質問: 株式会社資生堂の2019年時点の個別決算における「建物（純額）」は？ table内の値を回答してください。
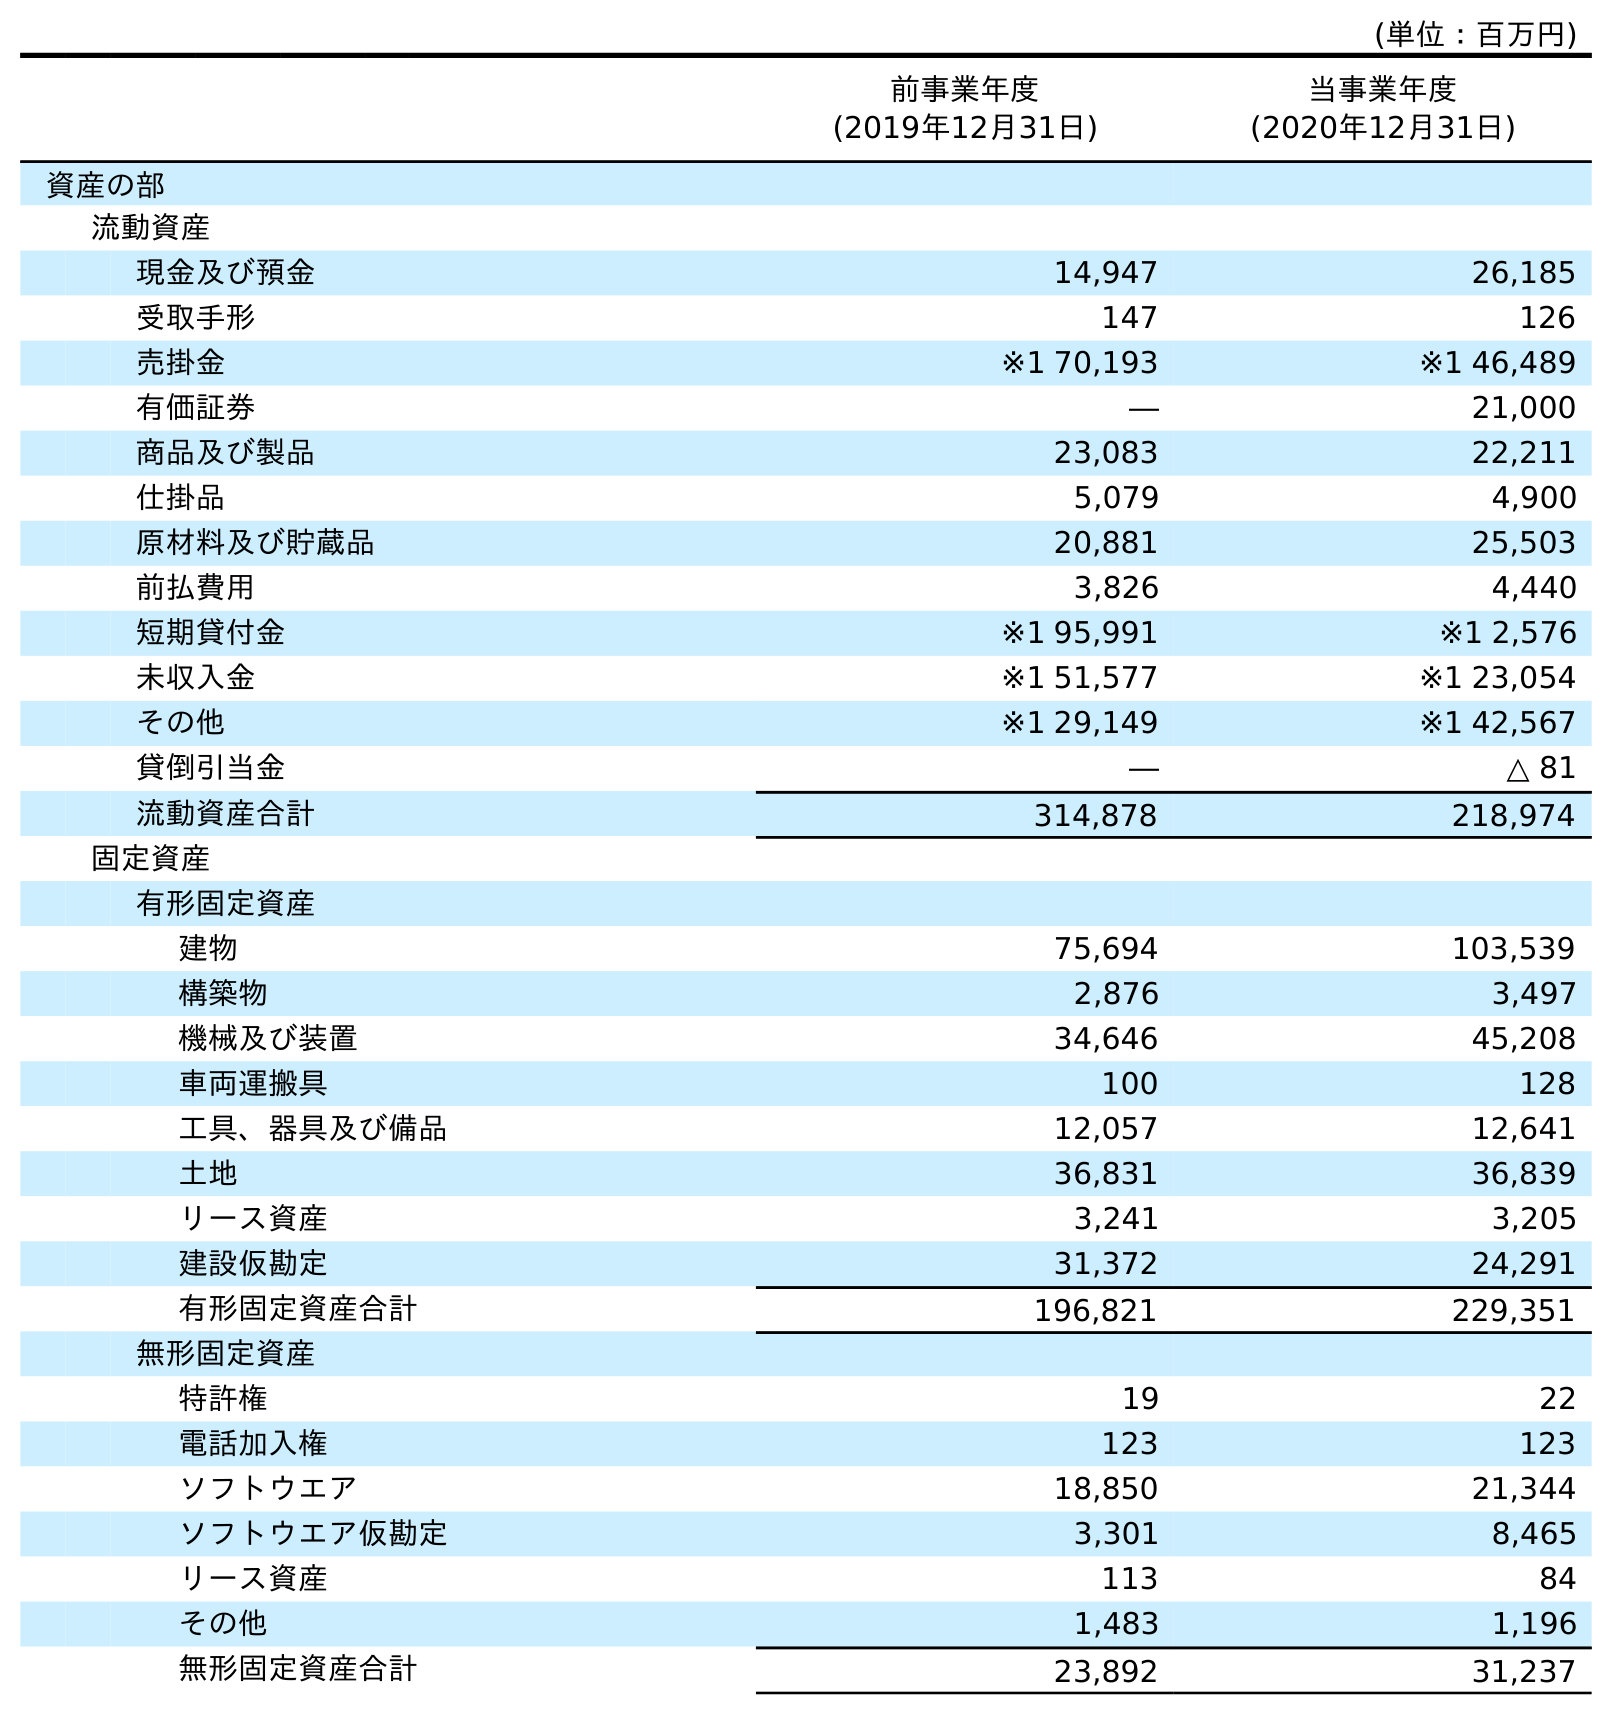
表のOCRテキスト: (単位：百万円) 前事業年度 (2019年12月31日) 当事業年度 (2020年12月31日) 資産の部 流動資産 現金及び預金 14,947 26,185 受取手形 147 126 売掛金 ※1 70,193 ※1 46,489 有価証券 ― 21,000 商品及び製品 23,083 22,211 仕掛品 5,079 4,900 原材料及び貯蔵品 20,881 25,503 前払費用 3,826 4,440 短期貸付金 ※1 95,991 ※1 2,576 未収入金 ※1 51,577 ※1 23,054 その他 ※1 29,149 ※1 42,567 貸倒引当金 ― △ 81 流動資産合計 314,878 218,974 固定資産 有形固定資産 建物 75,694 103,539 構築物 2,876 3,497 機械及び装置 34,646 45,208 車両運搬具 100 128 工具、器具及び備品 12,057 12,641 土地 36,831 36,839 リース資産 3,241 3,205 建設仮勘定 31,372 24,291 有形固定資産合計 196,821 229,351 無形固定資産 特許権 19 22 電話加入権 123 123 ソフトウエア 18,850 21,344 ソフトウエア仮勘定 3,301 8,465 リース資産 113 84 その他 1,483 1,196 無形固定資産合計 23,892 31,237
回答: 75,694